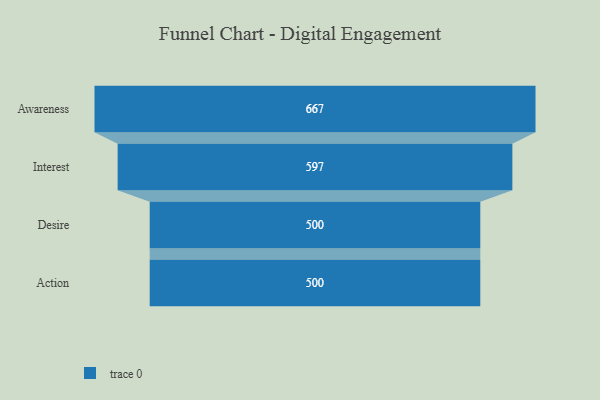
{"axis": {"x": "Stage", "y": "Value"}, "legend": [""], "data": [{"x": "Awareness", "y": 667.0, "type": ""}, {"x": "Interest", "y": 597.0, "type": ""}, {"x": "Desire", "y": 500, "type": ""}, {"x": "Action", "y": 500, "type": ""}]}